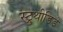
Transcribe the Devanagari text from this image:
स्ट्रुथीडिडे